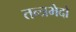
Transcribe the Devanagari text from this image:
तन्त्रभेदो